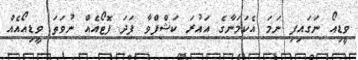
ވީޑިއޯ ނަގައިފި ނަމަ އެކަމަނާގެ އައުރަ ކަޝްފްވާ ފަދަ ފޮޓޯއެއް ނުވަތަ ވީޑިއޯއެއް